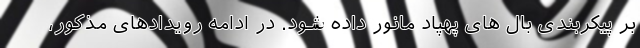
بر پیکربندی بال های پهپاد مانور داده شود. در ادامه رویدادهای مذکور،